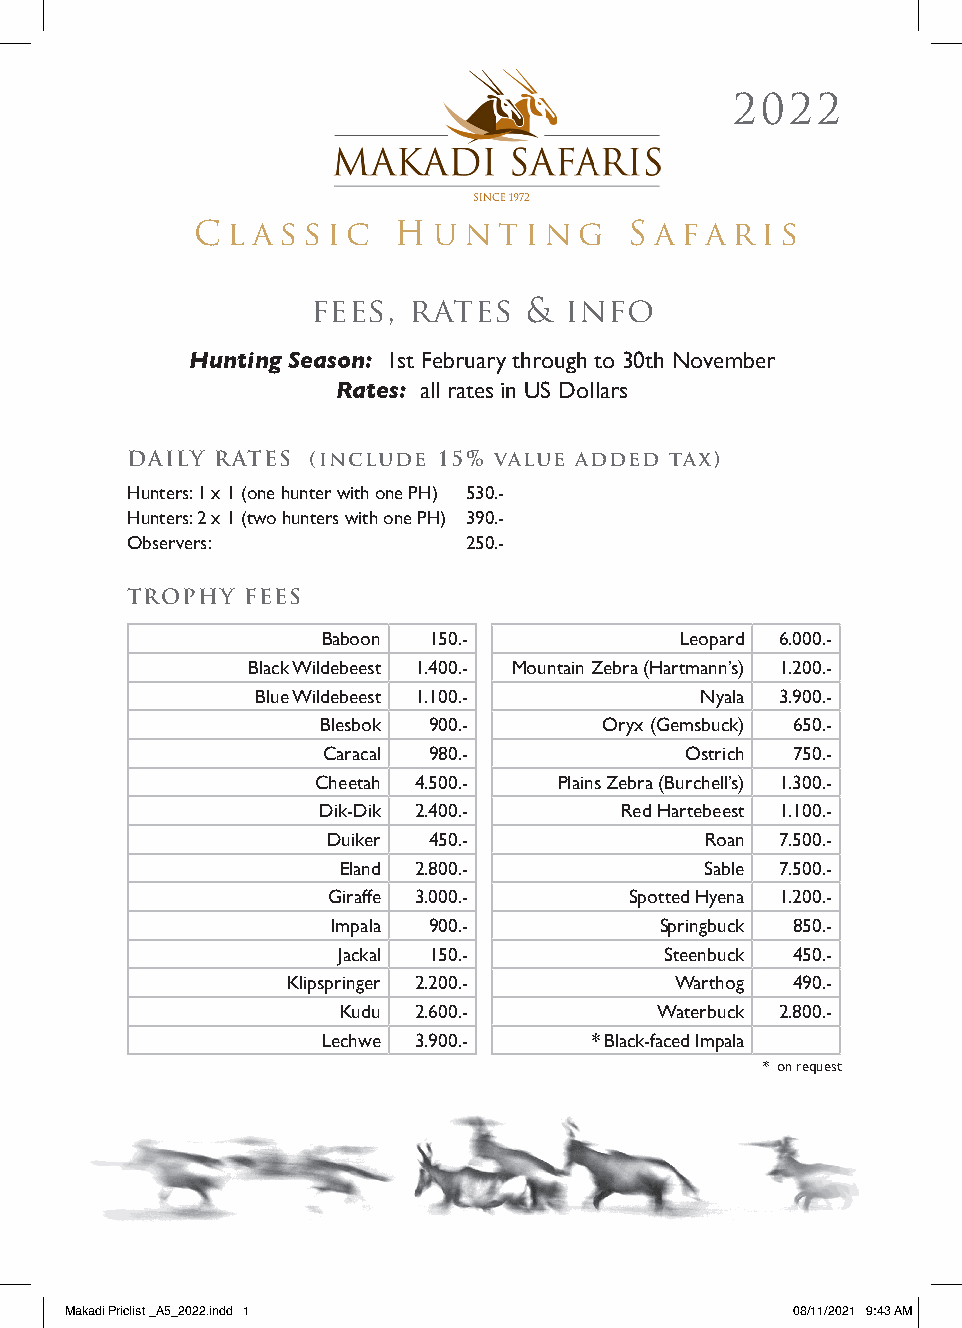
2022
 C l a s sic  H  u n t ing    S a fa r i s
 fees, rates   & info
 Hunting Season: 1st February through to 30th November
 Rates: all rates in US Dollars
 DAILY RATES (include 15% value added tax)
 Hunters: 1 x 1 (one hunter with one PH) 530.-
 Hunters: 2 x 1 (two hunters with one PH) 390.-
 Observers:             250.-
 TROPHY  FEES
 Baboon 150.-            Leopard 6.000.-
 Black Wildebeest 1.400.- Mountain Zebra (Hartmann’s) 1.200.-
 Blue Wildebeest 1.100.-      Nyala 3.900.-
 Blesbok 900.-      Oryx (Gemsbuck) 650.-
 Caracal 980.-           Ostrich 750.-
 Cheetah 4.500.- Plains Zebra (Burchell’s) 1.300.-
 Dik-Dik 2.400.-     Red Hartebeest 1.100.-
 Duiker 450.-             Roan 7.500.-
 Eland 2.800.-            Sable 7.500.-
 Giraffe 3.000.-     Spotted Hyena 1.200.-
 Impala 900.-          Springbuck 850.-
 Jackal 150.-          Steenbuck 450.-
 Klipspringer 2.200.-      Warthog 490.-
 Kudu 2.600.-        Waterbuck 2.800.-
 Lechwe 3.900.-    * Black-faced Impala
 * on request
 MMaakkaaddii PPrriicclliisstt __AA55__22002222..iinndddd 11 0088//1111//22002211 99::4433 AAMM